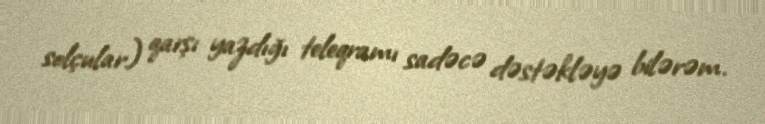
solçular) qarşı yazdığı teleqramı sadəcə dəstəkləyə bilərəm.